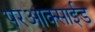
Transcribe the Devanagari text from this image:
परआक्साईड